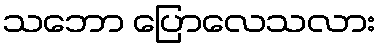
သဘော ပြောလေသလား